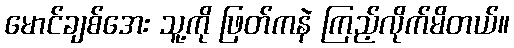
မောင်ချစ်အေး သူ့ကို ဖြတ်ကနဲ ကြည့်လိုက်မိတယ်။